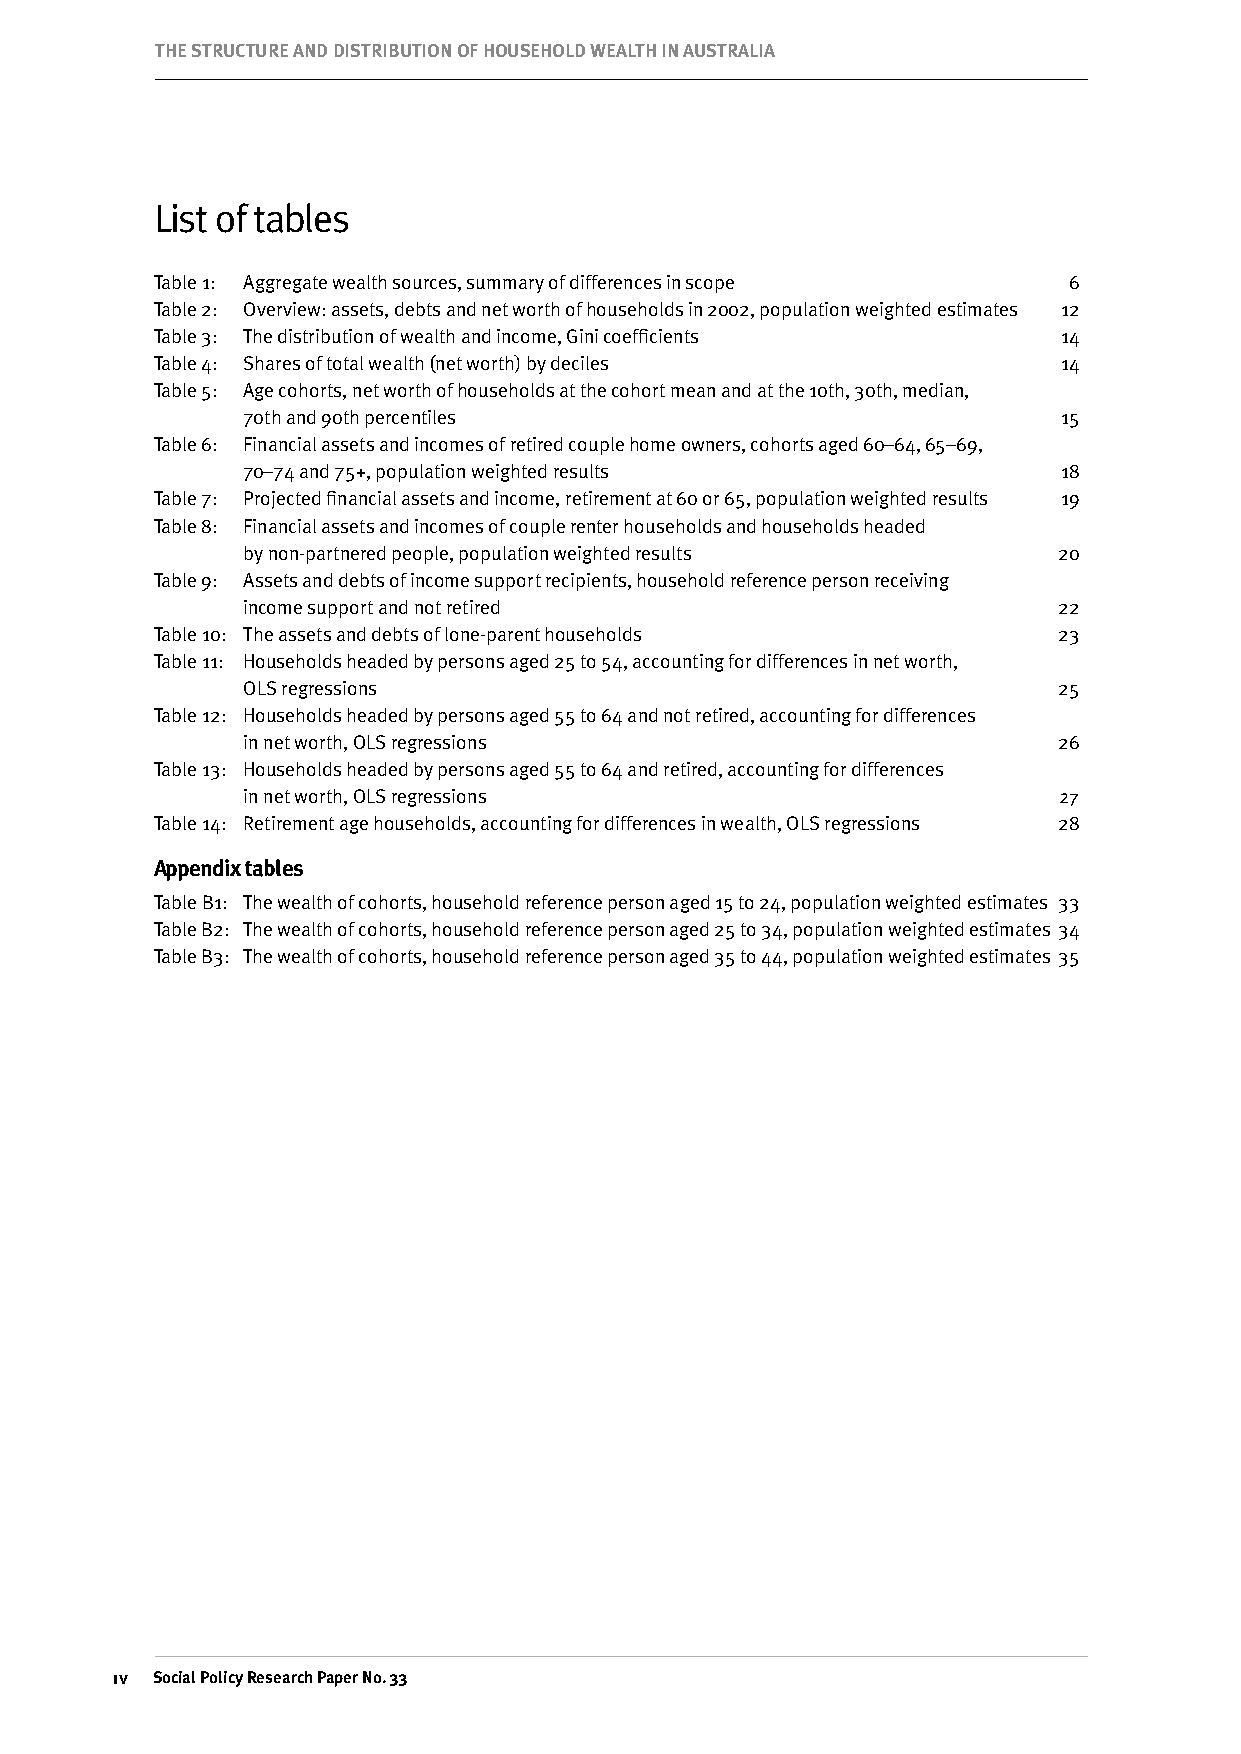
THE STRuCTuRE AND DISTRIBuTION OF HOuSEHOLD wEALTH IN AuSTRALIA
 List of tables
 Table 1: Aggregate wealth sources, summary of differences in scope 6
 Table 2: Overview: assets, debts and net worth of households in 2002, population weighted estimates 12
 Table 3: The distribution of wealth and income, Gini coefficients 14
 Table 4: Shares of total wealth (net worth) by deciles      14
 Table 5: Age cohorts, net worth of households at the cohort mean and at the 10th, 30th, median,
 70th and 90th percentiles                             15
 Table 6: Financial assets and incomes of retired couple home owners, cohorts aged 60–64, 65–69,
 70–74 and 75+, population weighted results            18
 Table 7: Projected financial assets and income, retirement at 60 or 65, population weighted results 19
 Table 8: Financial assets and incomes of couple renter households and households headed
 by non-partnered people, population weighted results  20
 Table 9: Assets and debts of income support recipients, household reference person receiving
 income support and not retired                        22
 Table 10: The assets and debts of lone-parent households    23
 Table 11: Households headed by persons aged 25 to 54, accounting for differences in net worth,
 OLS regressions                                       25
 Table 12: Households headed by persons aged 55 to 64 and not retired, accounting for differences
 in net worth, OLS regressions                         26
 Table 13: Households headed by persons aged 55 to 64 and retired, accounting for differences
 in net worth, OLS regressions                         27
 Table 14: Retirement age households, accounting for differences in wealth, OLS regressions 28
 Appendix tables
 Table B1: The wealth of cohorts, household reference person aged 15 to 24, population weighted estimates 33
 Table B2: The wealth of cohorts, household reference person aged 25 to 34, population weighted estimates 34
 Table B3: The wealth of cohorts, household reference person aged 35 to 44, population weighted estimates 35
 iv Social Policy Research Paper No. 33